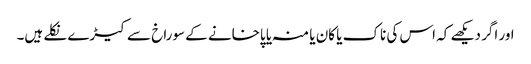
اور اگر دیکھے کہ اس کی ناک یا کان یا منہ یا پاخانے کے سوراخ سے کیڑے نکلے ہیں۔